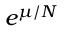
e ^ { \mu / N }